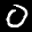
Label: 0